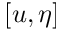
[ u , \eta ]